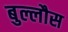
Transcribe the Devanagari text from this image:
बुल्लौस